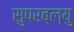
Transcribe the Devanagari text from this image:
सुपरब्ल्यु